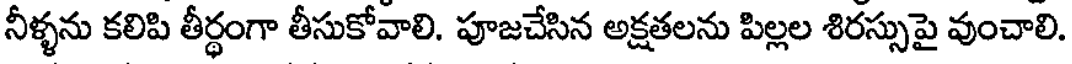
నీళ్ళను కలిపి తీర్థంగా తీసుకోవాలి. పూజచేసిన అక్షతలను పిల్లల శిరస్సుపై వుంచాలి.